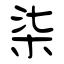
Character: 柒